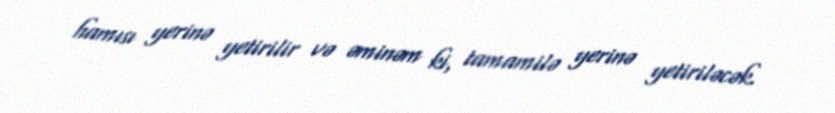
hamısı yerinə yetirilir və əminəm ki, tamamilə yerinə yetiriləcək.